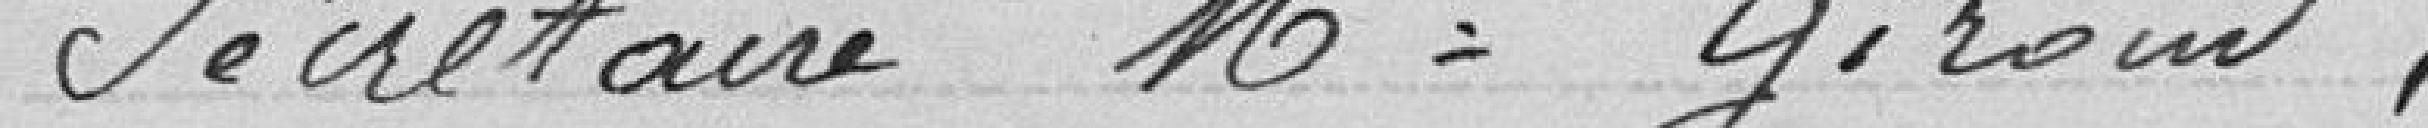
Secréataire : Mr Giroud.